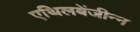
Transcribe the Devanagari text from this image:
एथिलबेंजीन्न